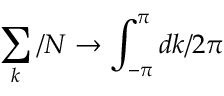
\sum _ { k } / N \rightarrow \int _ { - \pi } ^ { \pi } d k / { 2 \pi }